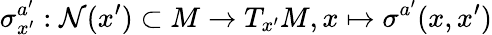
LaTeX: \sigma_{x^{\prime}}^{a^{\prime}}:\mathcal{N}(x^{\prime})\subset M\rightarrow T_{x^{\prime}}M,x\mapsto\sigma^{a^{\prime}}(x,x^{\prime})